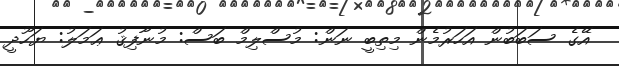
އޭގެ ސަބަބުން އަހަރުމެން މިތިބީ ނަން: މުސްލިމް ބަސް: މުނާފިޤު ޢަމަލު: ޔަހޫދީ